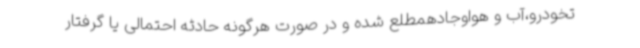
تخودرو،آب و هواوجادهمطلع شده و در صورت هرگونه حادثه احتمالی یا گرفتار